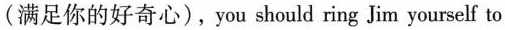
(满足你的好奇心),you should ring Jim yourself to